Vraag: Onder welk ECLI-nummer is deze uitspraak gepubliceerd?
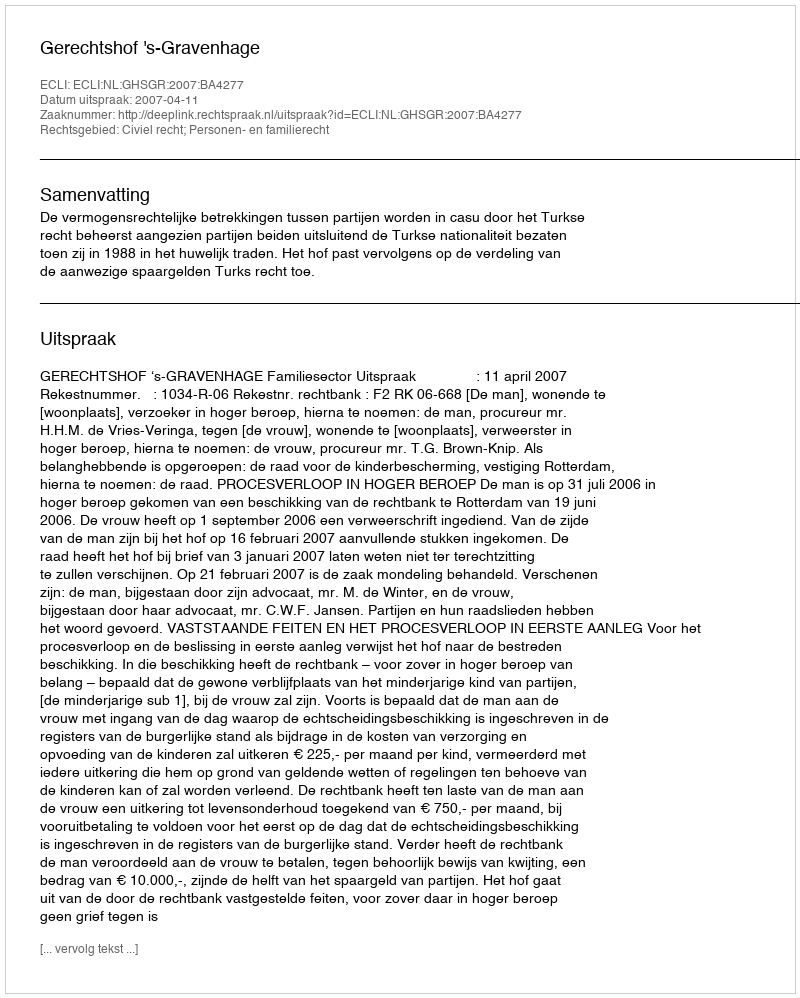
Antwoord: ECLI:NL:GHSGR:2007:BA4277